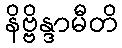
နိဗ္ဗိန္ဒာမီတိ